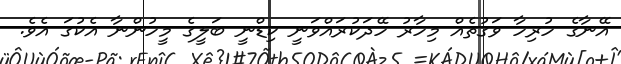
އޭނާގެ ހުރިހާ ވަގުތެއް މިހާރު ހޭދަކުރައްވަނީ ކިޑްނީ ބަލީގެ މީހުންނާ އެކުގަ އެވެ.